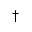
\dagger